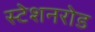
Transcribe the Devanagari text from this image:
स्टेशनरोड